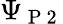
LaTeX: \Psi_{\mathrm{~P~2~}}